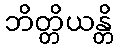
ဘိတ္တိယန္တိ